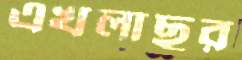
এখলাছুর